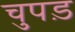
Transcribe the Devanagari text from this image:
चुपड़